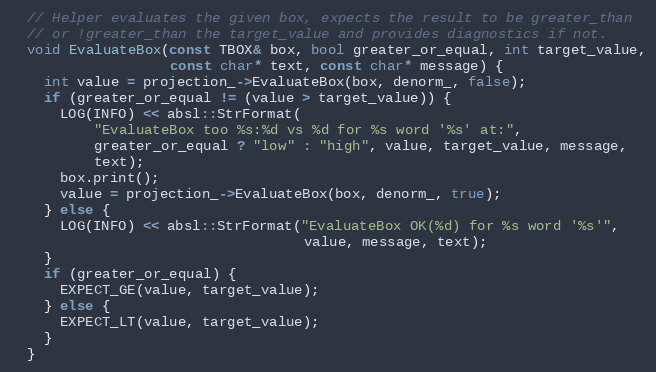
Language: C++
  // Helper evaluates the given box, expects the result to be greater_than
  // or !greater_than the target_value and provides diagnostics if not.
  void EvaluateBox(const TBOX& box, bool greater_or_equal, int target_value,
                   const char* text, const char* message) {
    int value = projection_->EvaluateBox(box, denorm_, false);
    if (greater_or_equal != (value > target_value)) {
      LOG(INFO) << absl::StrFormat(
          "EvaluateBox too %s:%d vs %d for %s word '%s' at:",
          greater_or_equal ? "low" : "high", value, target_value, message,
          text);
      box.print();
      value = projection_->EvaluateBox(box, denorm_, true);
    } else {
      LOG(INFO) << absl::StrFormat("EvaluateBox OK(%d) for %s word '%s'",
                                   value, message, text);
    }
    if (greater_or_equal) {
      EXPECT_GE(value, target_value);
    } else {
      EXPECT_LT(value, target_value);
    }
  }